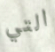
التي